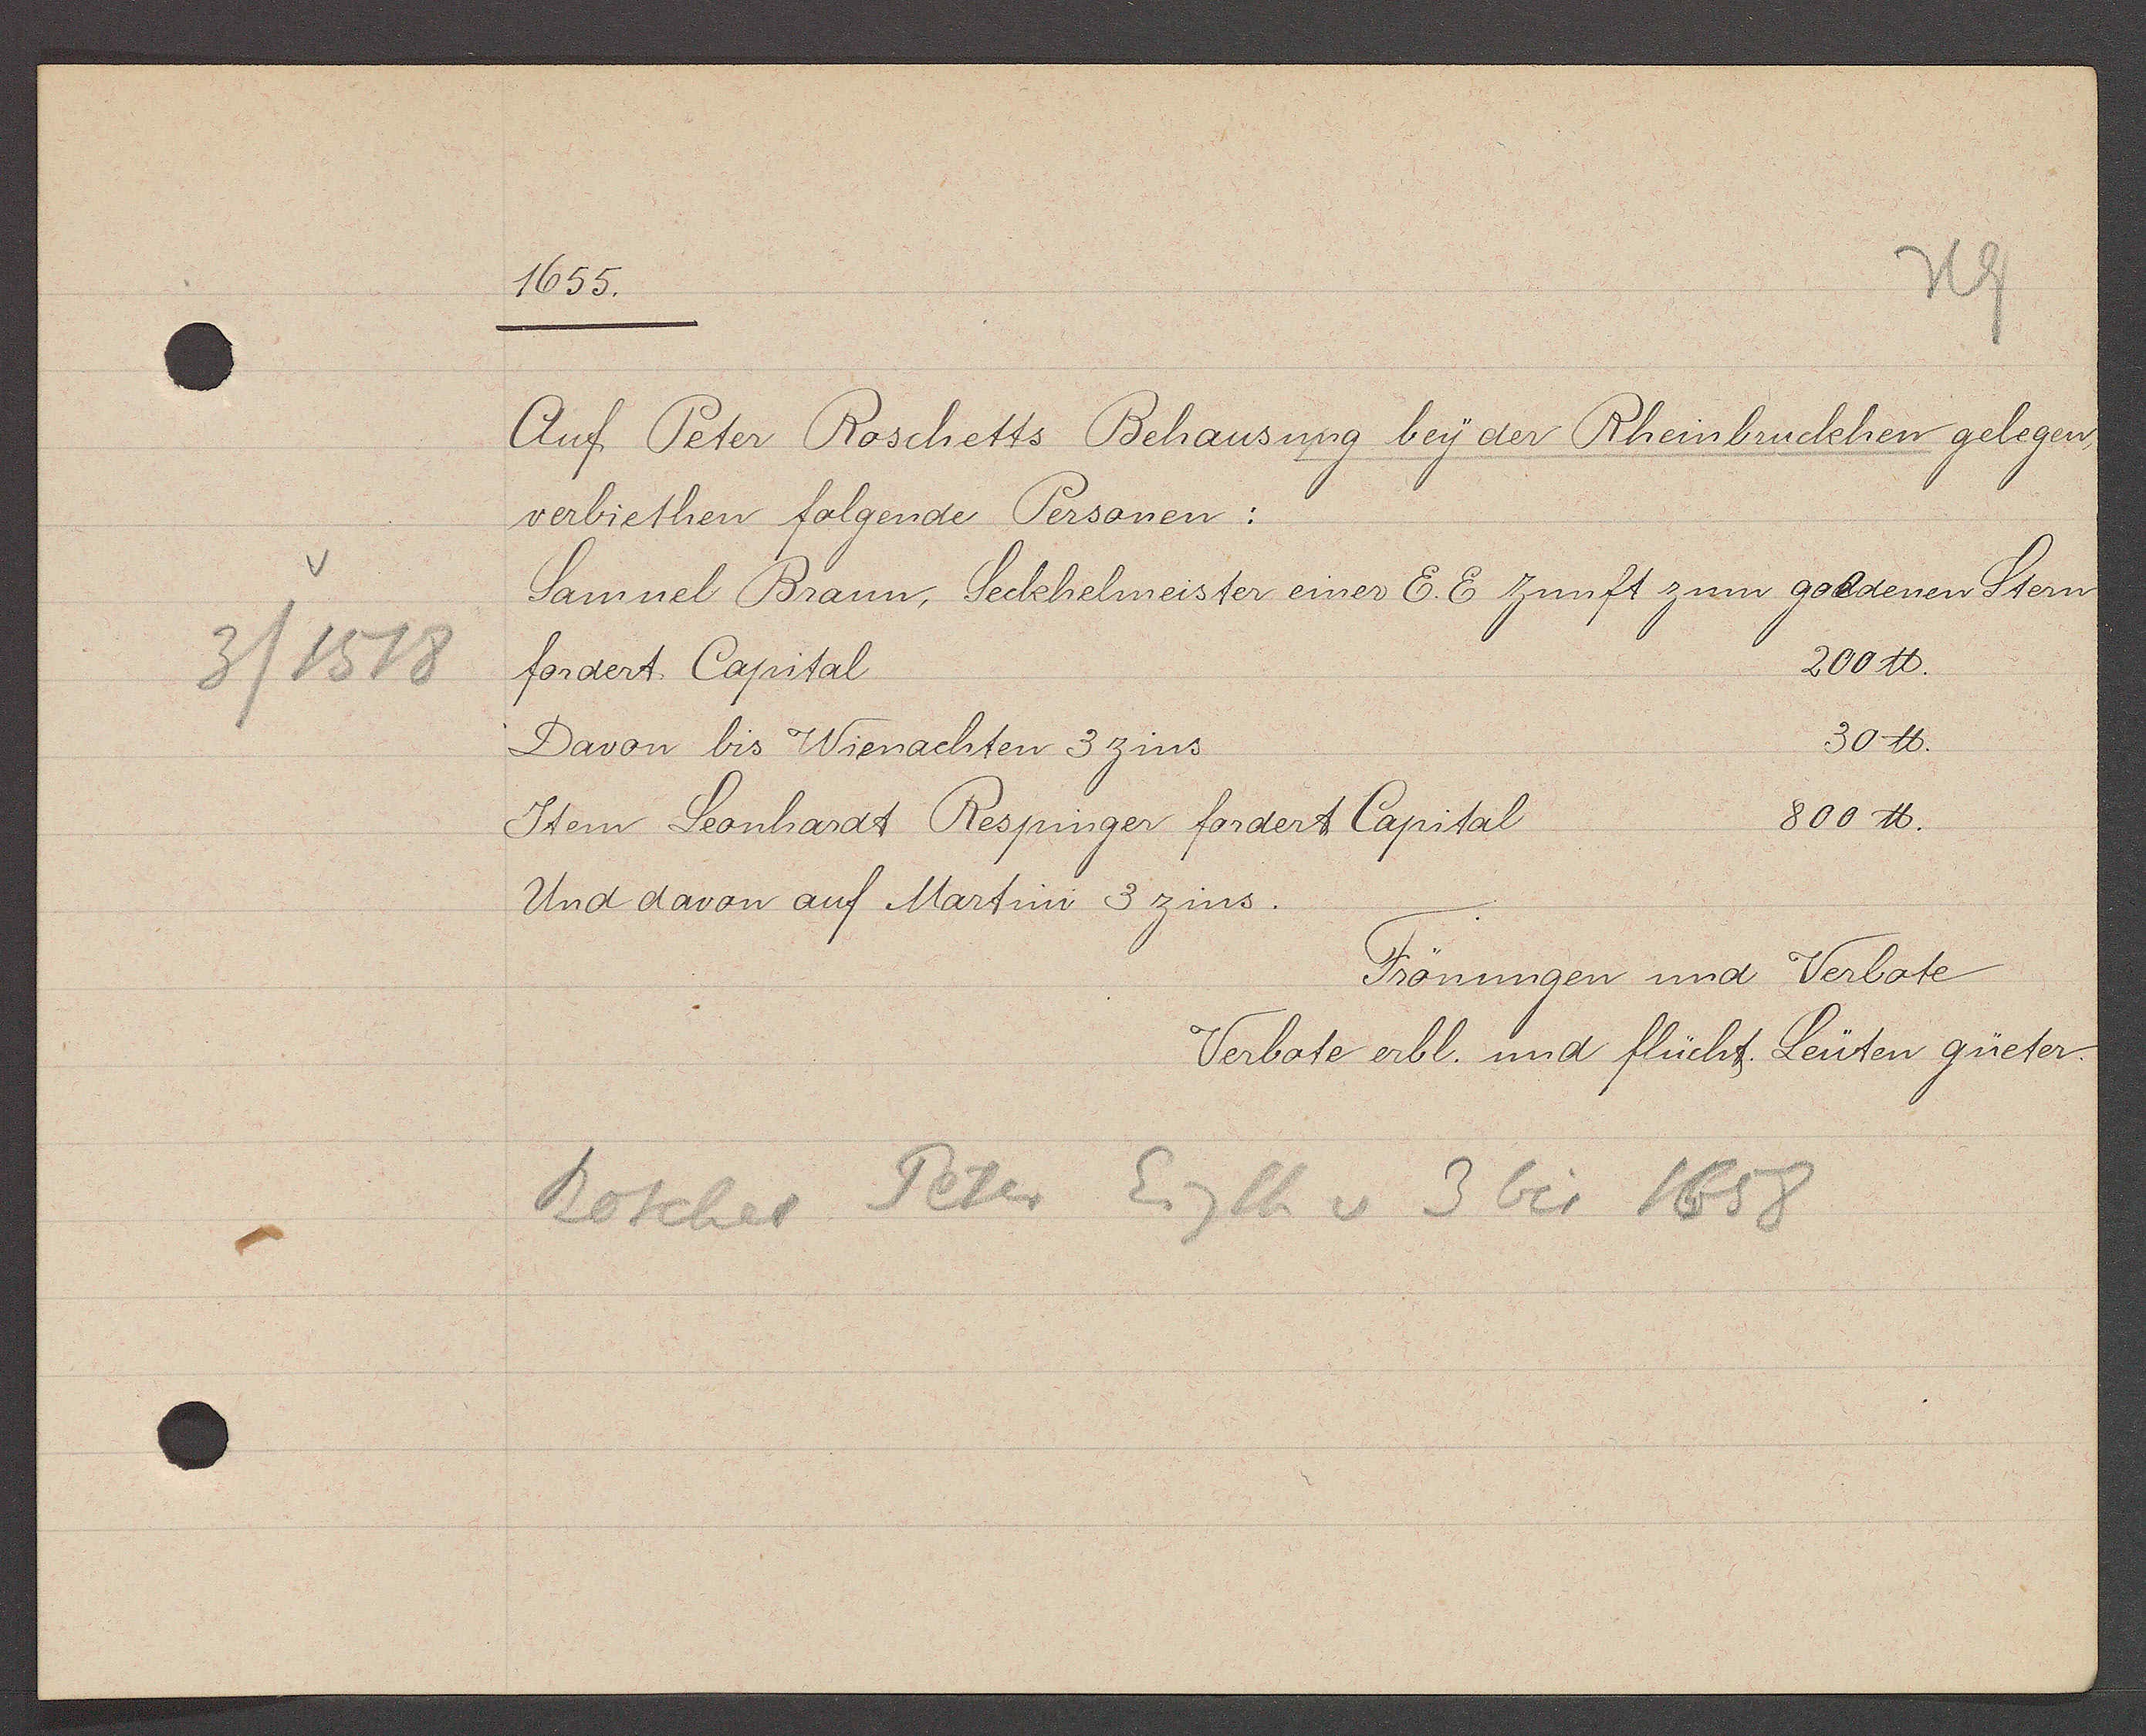
Transcript:
3 / 1518

1655.

Auf Peter Roschetts Behausung bey der Rheinbruckhen gelegen,
verbiethen folgende Personen:
Samuel Braun, Seckhelmeister einer E.E Zunft zum goldenen Stern
fordert Capital
200 ℔.
Davon bis Wienachten 3 zins
30 ℔.
Stern Leonhardt Respinger fordert Capital
800 ℔.
Und davon auf Martini 3 zins.

Frönungen und Verbote
Verbote erbl. und flücht. Leüten güeter.

Roschet Peter Eigth v 3 bis 1658